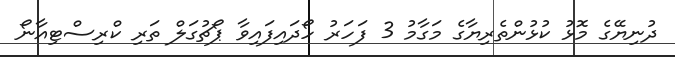
ދުނިޔޭގެ މޮޅު ކުޅުންތެރިޔާގެ މަގާމު 3 ފަހަރު ހޯދައިފައިވާ ޕޯޗުގަލް ތަރި ކްރިސްޓިއާނޯ